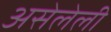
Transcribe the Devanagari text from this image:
असेलेली